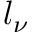
l _ { \nu }